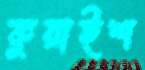
কুয়াইশ